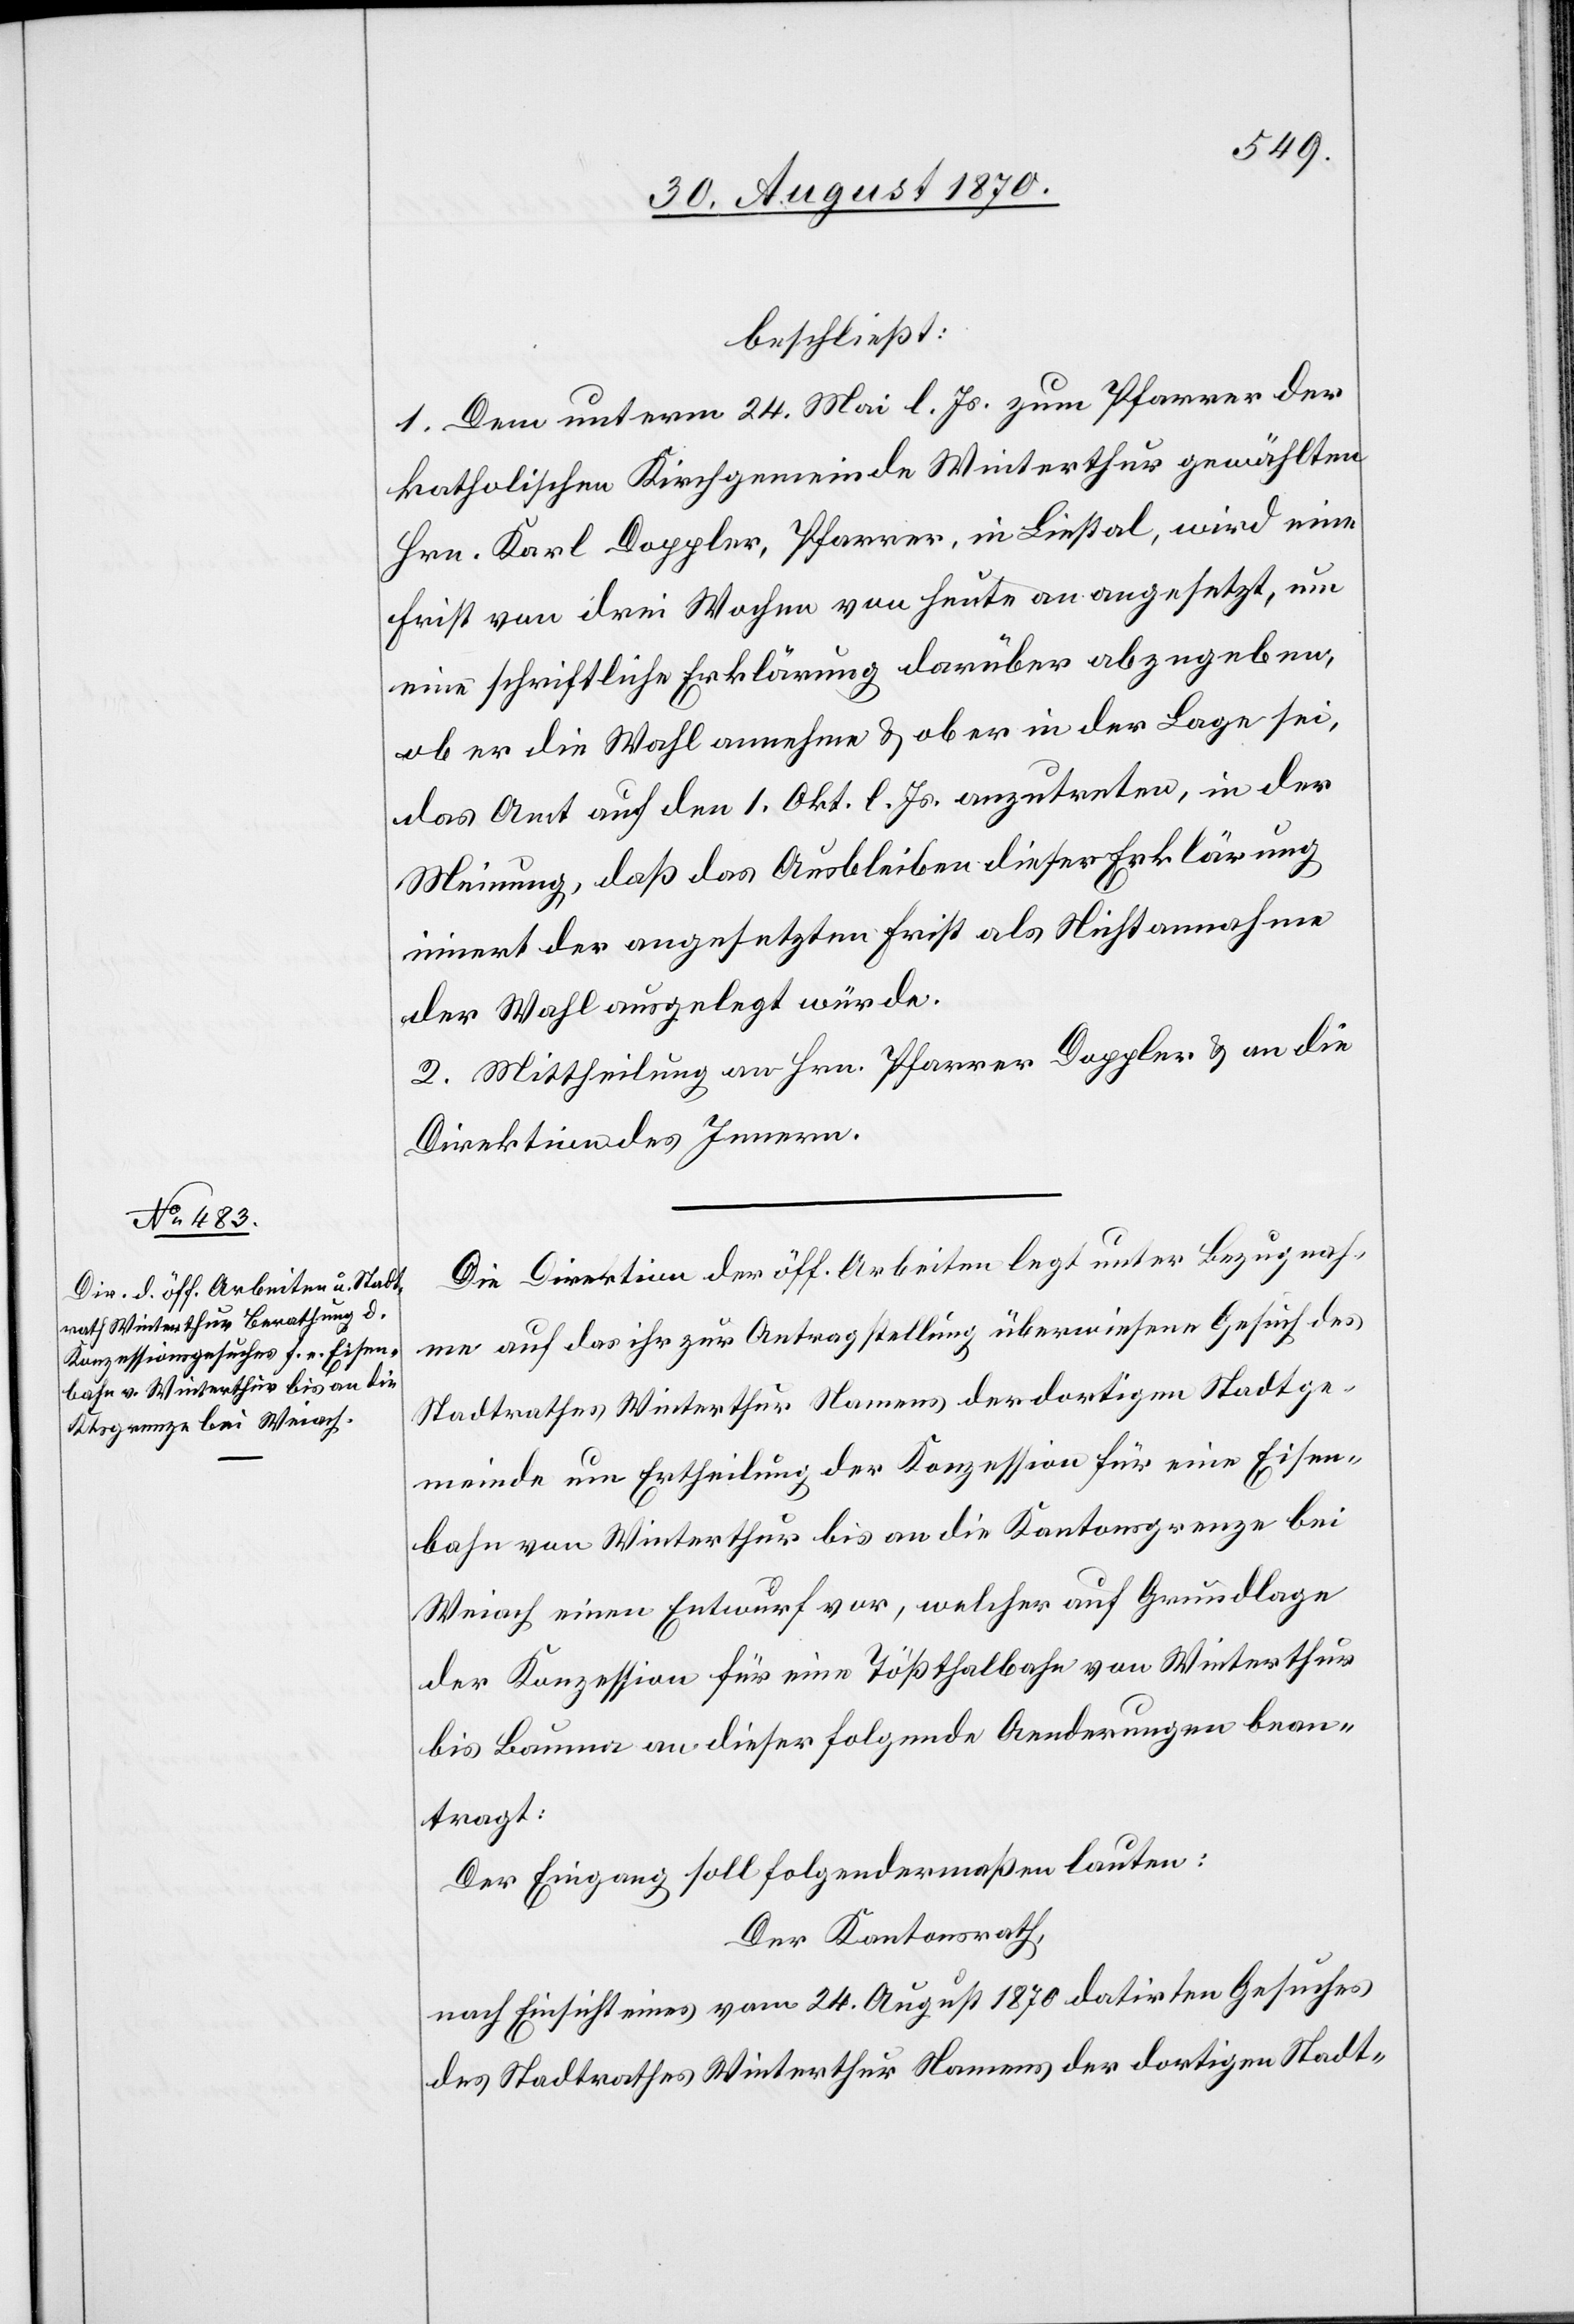
beschließt:
1. Dem unterm 24. Mai l. Js. zum Pfarrer der
katholischen Kirchgemeinde Winterthur gewählten
Hrn. Karl Doppler, Pfarrer in Liestal, wird eine
Frist von drei Wochen von heute an angesetzt, um
eine schriftliche Erklärung darüber abzugeben,
ob er die Wahl annehme & ob er in der Lage sei,
das Amt auf den 1. Okt. l. Js. anzutreten, in der
Meinung, daß das Ausbleiben dieser Erklärung
innert der angesetzten Frist als Nichtannahme
der Wahl ausgelegt würde.
2. Mittheilung an Hrn. Pfarrer Doppler & an die
Direktion des Innern.
Die Direktion der öff. Arbeiten legt unter Bezugnah¬
me auf das ihr zur Antragstellung überwiesene Gesuch des
Stadtrathes Winterthur Namens der dortigen Stadtge¬
meinde um Ertheilung der Konzession für eine Eisen¬
bahn von Winterthur bis an die Kantonsgrenze bei
Weiach einen Entwurf vor, welcher auf Grundlage
der Konzession für eine Tößthalbahn von Winterthur
bis Bauma an dieser folgende Aenderungen bean¬
tragt:
Der Eingang soll folgendermaßen lauten:
Der Kantonsrath,
nach Einsicht eines vom 24. August 1870 datirten Gesuches
des Stadtrathes Winterthur Namens der dortigen Stadt-